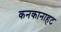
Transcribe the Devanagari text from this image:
कनकानाहट